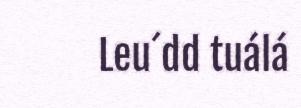
Leu´dd tuálá